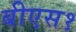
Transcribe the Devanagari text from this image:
बीएस१